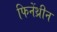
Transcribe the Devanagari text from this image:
फिनेंथ्रीन